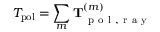
T _ { \mathrm { p o l } } = \sum _ { m } \mathbf { T } _ { \mathrm { ~ p ~ o ~ l ~ , ~ r ~ a ~ y ~ } } ^ { ( m ) }